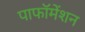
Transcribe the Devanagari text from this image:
पाफॉमेंशन